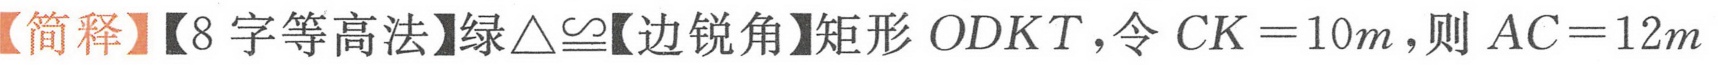
【简释】【8字等高法】绿\(\triangle\cong\)【边锐角】矩形\(ODKT\)，令\(CK = 10m\)，则\(AC = 12m\)